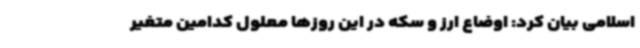
اسلامی بیان کرد: اوضاع ارز و سکه در این روزها معلول کدامین متغیر